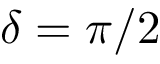
\delta = \pi / 2